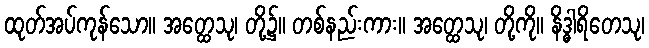
ထုတ်အပ်ကုန်သော။ အတ္ထေသု၊ တို့၌။ တစ်နည်းကား။ အတ္ထေသု၊ တို့ကို။ နိဒ္ဓါရိတေသု၊